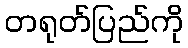
တရုတ်ပြည်ကို